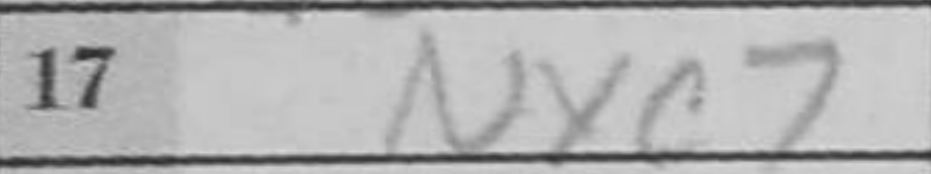
Transcription: Nxc7